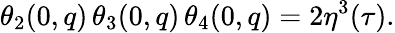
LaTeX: \theta_{2}(0,q)\, \theta_{3}(0,q)\, \theta_{4}(0,q)=2\eta^{3}(\tau).